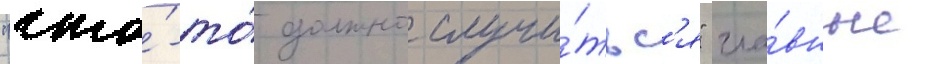
"что́-то́ должно случи́тьс'я" гла́вные